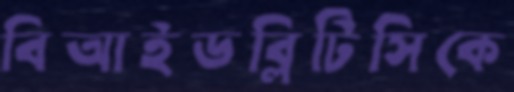
বিআইডব্লিটিসিকে